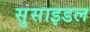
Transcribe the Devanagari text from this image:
सुसाइडल